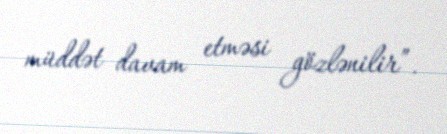
müddət davam etməsi gözlənilir”.